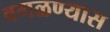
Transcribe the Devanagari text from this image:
वगळण्यास